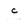
Character: c